King Institute of Preventive Medicine Bacteriolog. Section reports 1907-08
Year: 1907
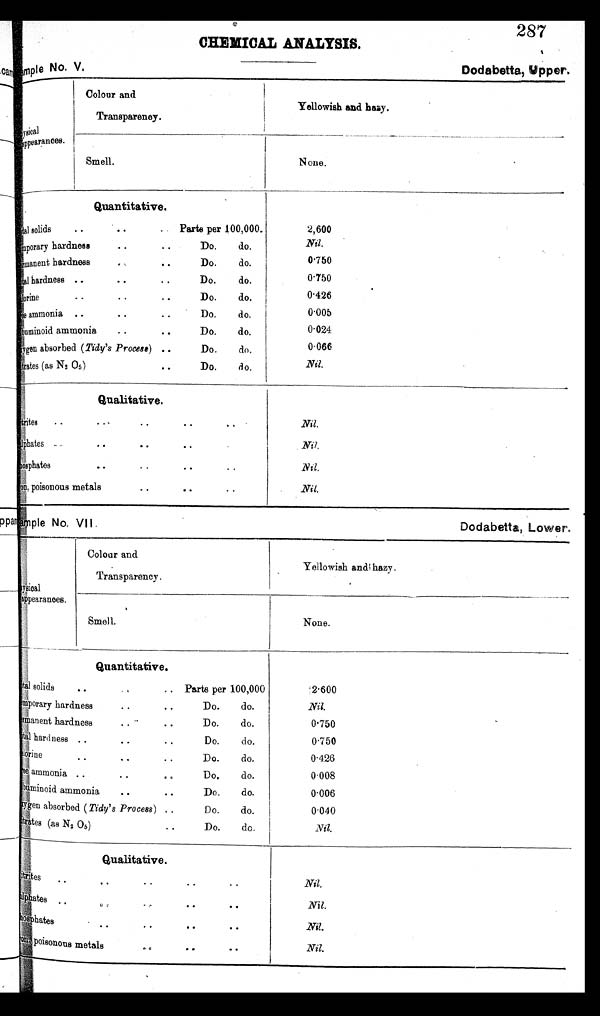
le No, VII
Dodabetta, Lower
CHEMICAL ANALYSIS.
No. V.
287
Dodabetta, upper.
physical
appearanees.
Colour and
Transparency.
Yellowish and hazy.
Smell.
None.
•
Quantitative.
Total solids .. • • - . Parts per 100,000.
Temporary hardness .. .. Do. do.
Permanent hardness
..
Do.
do.
Total hardness .. • • .. Do. do.
chlorine • . • • .. Do. do.
ammonia ..
..
..
Do.
do.
Abuminoid ammonia
..
• •
Do.
do.
oxygen
absorbed (Tidy's Process) ..
Do.
do,
Nitrates (as N2.O5) • • Do. do.
2,600
Nil.
0.760
.
0.750
.
0.426
0.005
0.024
0.066
Nil.
Qualitative.
Nitrates • • - • • • • •
sul phat es .. • • • • • •
phosphates
•
..
• 2
• e
Iron
, poisonous metals
• •
..
..
.
Nil.
Nil.
N i l .
Nil.
canoes.
Colour and
Transparency.
Yellowish and hazy.
Smell.
None.
Quantitative.
Total solids . • . .. Parts per 100,000
Temporary hardness .. .. Do. do.
Permanent hardness • • • • Do. do.
Total hardness
..
..
..
Do.
do
• •
• •
••
Do.
do.
ammonia
.
• •
Do.
do.
Abuminoid ammonia • • 6 • Do. do.
absorbed (Tidy's Process) ..
Do.
do.
(as N 2 0 5 )
..
Do.
do,
2.600
Nil.
0.750
0
. 7
5 0
0 . 4 2 6
0.008
0.006
0.040
Nil.
Qualitative.
Nitrates .. .. .. .. .
sulphates
.. .. .. .. ..
phosphat e . . . . . . . . . .
Iron,poisonous metal .. .. ..
Nil.
Nil.
Nil.
N i l .